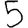
Digit: 5